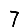
Digit: 7